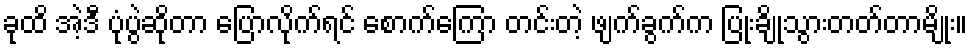
ခုထိ အဲ့ဒီ ပုံပွဲဆိုတာ ပြောလိုက်ရင် စောက်ကြော တင်းတဲ့ ဖျက်ခွက်က ပြုံးချိုသွားတတ်တာမျိုး။